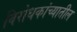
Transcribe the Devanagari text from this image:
विरोधकांच्यातील